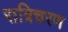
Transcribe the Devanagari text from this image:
रात्रिचरण